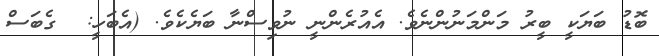
ބޮޑު ބަޔަކީ ބީރު މަންމަނުންނެވެ. އެއުރެންނީ ނުވިސްނާ ބަޔެކެވެ. (އެބަހީ:  ގެބަސް